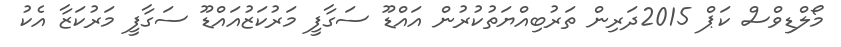
މޯލްޑިވްސް ކަޕް 2015ދަރިން ތަރުބިއްޔަތުކުރުން އައްޑޫ ސަގާފީ މަރުކަޒުއައްޑޫ ސަގާފީ މަރުކަޒާ އެކު